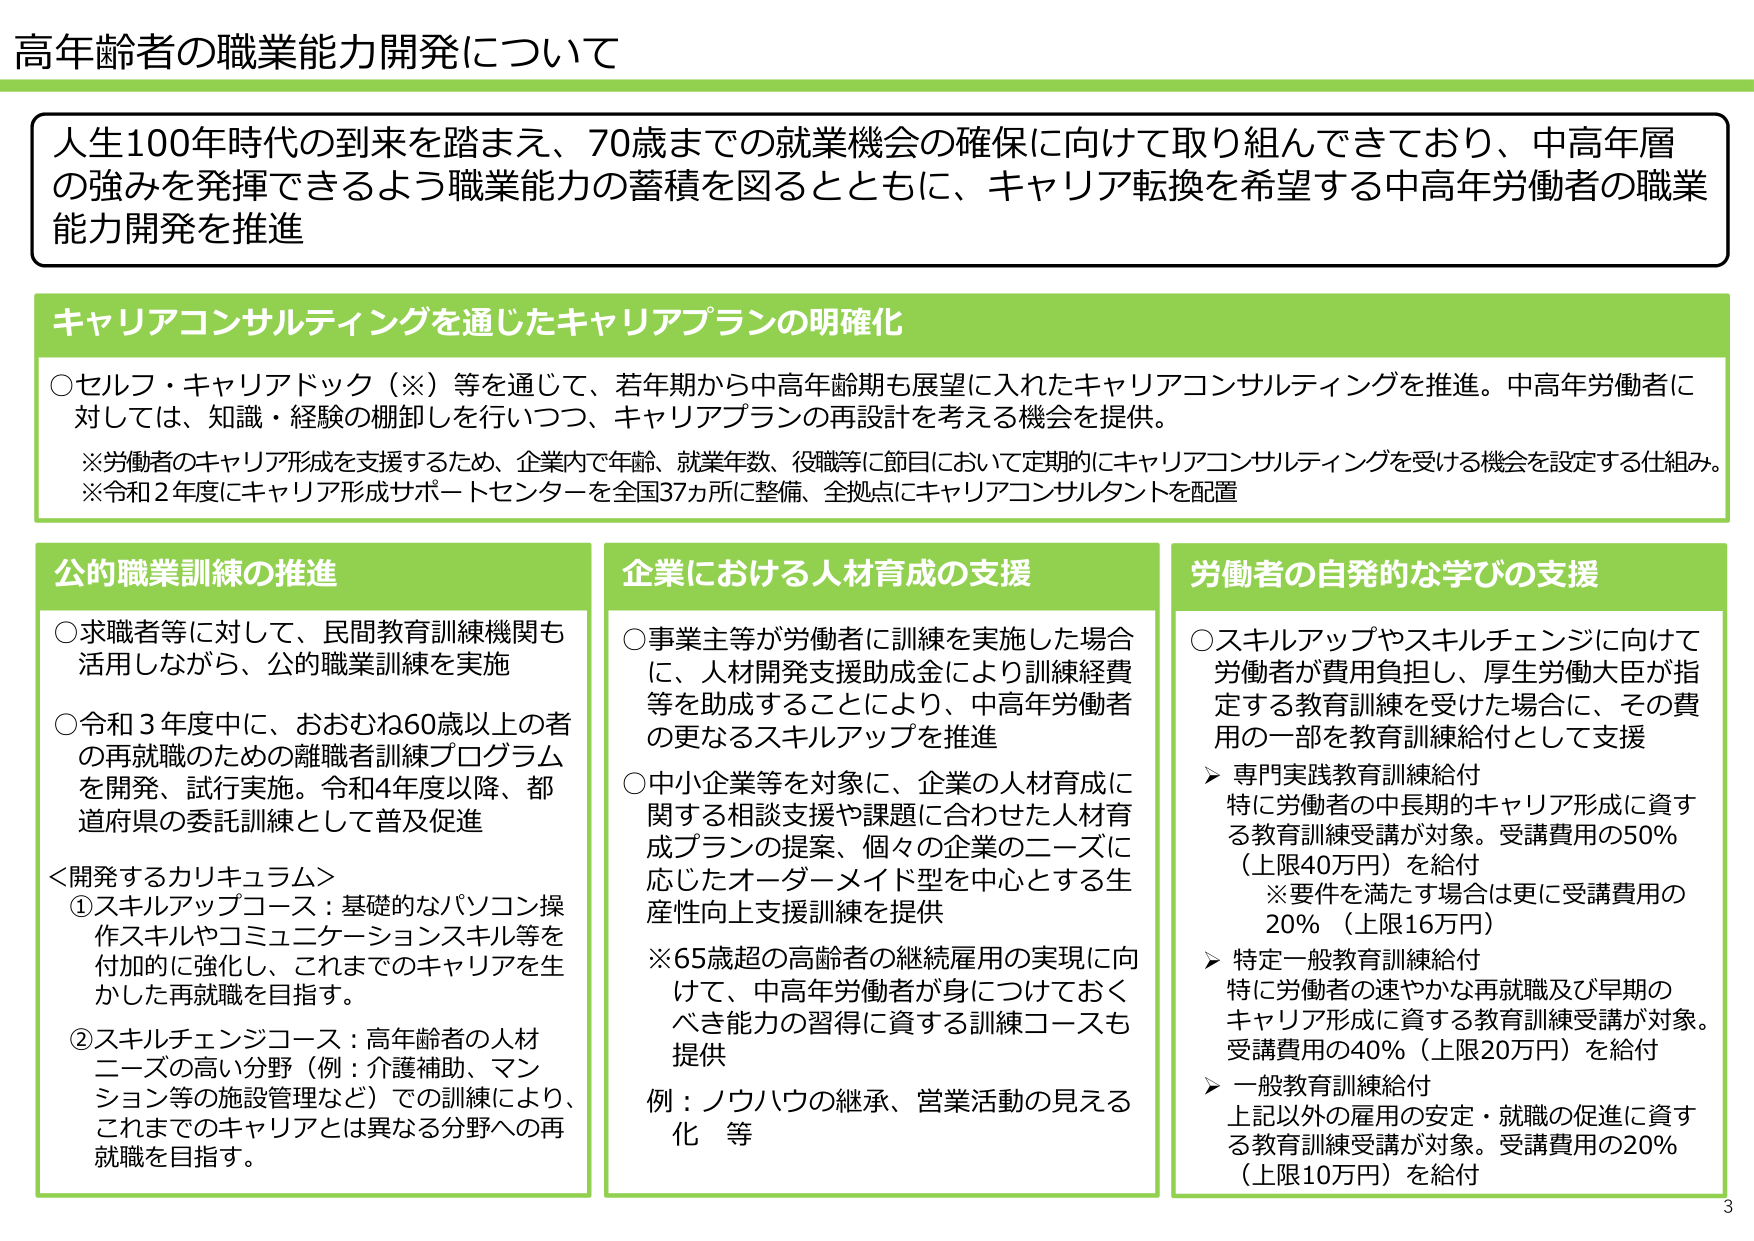
高年齢者の職業能力開発について

人生100年時代の到来を踏まえ、70歳までの就業機会の確保に向けて取り組んできており、中高年層の強みを発揮できるよう職業能力の蓄積を図るとともに、キャリア転換を希望する中高年労働者の職業能力開発を推進

キャリアコンサルティングを通じたキャリアプランの明確化

○セルフ・キャリアドック（※）等を通じて、若年期から中高年齢期も展望に入れたキャリアコンサルティングを推進。中高年労働者に対しては、知識・経験の棚卸しを行いつつ、キャリアプランの再設計を考える機会を提供。

※労働者のキャリア形成を支援するため、企業内で年齢、就業年数、役職等に節目において定期的にキャリアコンサルティングを受ける機会を設定する仕組み。
※令和2年度にキャリア形成サポートセンターを全国37カ所に整備、全拠点にキャリアコンサルタントを配置

公的職業訓練の推進

○求職者等に対して、民間教育訓練機関も活用しながら、公的職業訓練を実施

○令和3年度中に、おおむね60歳以上の者の再就職のための離職者訓練プログラムを開発、試行実施。令和4年度以降、都道府県の委託訓練として普及促進

＜開発するカリキュラム＞
①スキルアップコース：基礎的なパソコン操作スキルやコミュニケーションスキル等を付加的に強化し、これまでのキャリアを生かした再就職を目指す。
②スキルチェンジコース：高年齢者の人材ニーズの高い分野（例：介護補助、マンション等の施設管理など）での訓練により、これまでのキャリアとは異なる分野への再就職を目指す。

企業における人材育成の支援

○事業主等が労働者に訓練を実施した場合に、人材開発支援助成金により訓練経費等を助成することにより、中高年労働者の更なるスキルアップを推進

○中小企業等を対象に、企業の人材育成に関する相談支援や課題に合わせた人材育成プランの提案、個々の企業のニーズに応じたオーダーメイド型を中心とする生産性向上支援訓練を提供

※65歳超の高齢者の継続雇用の実現に向けて、中高年労働者が身につけておくべき能力の習得に資する訓練コースも提供
例：ノウハウの継承、営業活動の見える化 等

労働者の自発的な学びの支援

○スキルアップやスキルチェンジに向けて労働者が費用負担し、厚生労働大臣が指定する教育訓練を受けた場合に、その費用の一部を教育訓練給付として支援

▶専門実践教育訓練給付
特に労働者の中長期的キャリア形成に資する教育訓練受講が対象。受講費用の50％（上限40万円）を給付
※要件を満たす場合は更に受講費用の20％（上限16万円）

▶特定一般教育訓練給付
特に労働者の速やかな再就職及び早期のキャリア形成に資する教育訓練受講が対象。受講費用の40％（上限20万円）を給付

▶一般教育訓練給付
上記以外の雇用の安定・就職の促進に資する教育訓練受講が対象。受講費用の20％（上限10万円）を給付

3